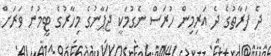
ދެ ފަރާތުގެ ދެ އަރިމިން ހުރަސް ނެގުމަކީ ޖަޕާނުގެ މިހާރުގެ ޓީމުން ވަރަށް